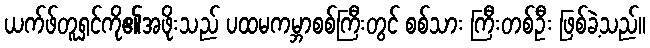
ယက်ဖ်တူရှင်ကို၏အဖိုးသည် ပထမကမ္ဘာစစ်ကြီးတွင် စစ်သား ကြီးတစ်ဦး ဖြစ်ခဲ့သည်။